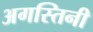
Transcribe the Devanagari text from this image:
अगस्तिनी